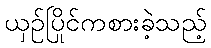
ယှဉ်ပြိုင်ကစားခဲ့သည့်